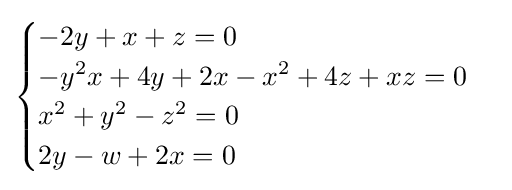
{\begin{cases}-2y+x+z=0\\-y^{2}x+4y+2x-x^{2}+4z+xz=0\\x^{2}+y^{2}-z^{2}=0\\2y-w+2x=0\end{cases}}